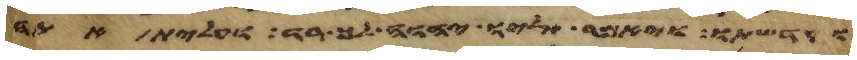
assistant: וקדשתו ויאמר אליו יהוה ך רד ועלית אתה